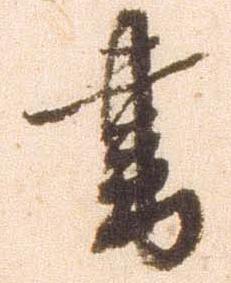
書